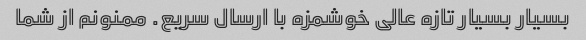
بسیار بسیار تازه عالی خوشمزه با ارسال سریع. ممنونم از شما